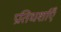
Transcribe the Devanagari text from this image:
प्रतिधर्शाएँ